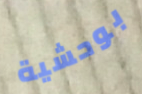
بوحشية